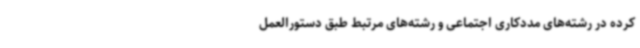
کرده در رشته‌های مددکاری اجتماعی و رشته‌های مرتبط طبق دستورالعمل